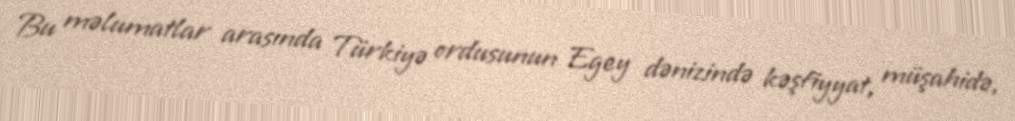
Bu məlumatlar arasında Türkiyə ordusunun Egey dənizində kəşfiyyat, müşahidə,